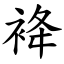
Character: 袶